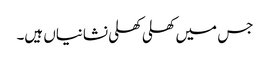
جس میں کھلی کھلی نشانیاں ہیں۔